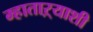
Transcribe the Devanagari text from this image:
म्हाताऱ्याशी